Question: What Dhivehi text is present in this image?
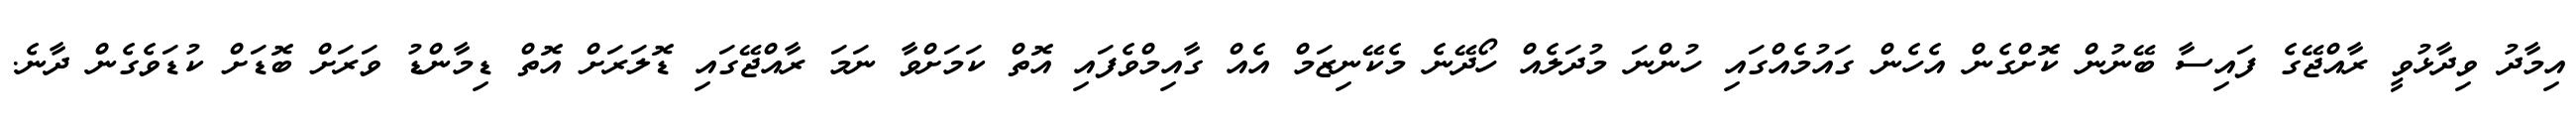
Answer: އިމާދު ވިދާޅުވީ ރާއްޖޭގެ ފައިސާ ބޭނުން ކޮށްގެން އެހެން ގައުމެއްގައި ހުންނަ މުދަލެއް ހޯދޭނެ މެކޭނިޒަމް އެއް ގާއިމްވެފައި އޮތް ކަމަށްވާ ނަމަ ރާއްޖޭގައި ޑޮލަރަށް އޮތް ޑިމާންޑު ވަރަށް ބޮޑަށް ކުޑަވެގެން ދާނެ.